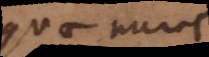
quae nunc